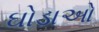
ઘોડાઓ